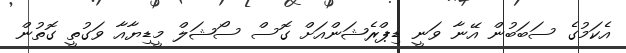
އެކަމުގެ ސަބަބުން އޭނާ ވަނީ ޑިޕްރެޝަންއަށް ގޮސް ސޯޝަލް މީޑިޔާއާ ވަގުތީ ގޮތުން